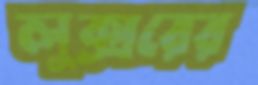
লুক্সরের